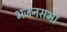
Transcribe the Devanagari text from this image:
भजनसभा